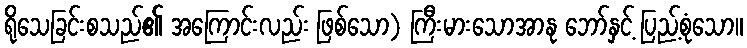
ရိုသေခြင်းစသည်၏ အကြောင်းလည်း ဖြစ်သော) ကြီးမားသောအာနု ဘော်နှင့် ပြည့်စုံသော။